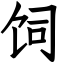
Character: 饲